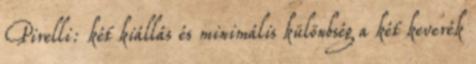
Pirelli: két kiállás és minimális különbség a két keverék